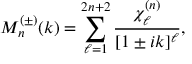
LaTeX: M _ { n } ^ { ( \pm ) } ( k ) = \sum _ { \ell = 1 } ^ { 2 n + 2 } \frac { \chi _ { \ell } ^ { ( n ) } } { [ 1 \pm i k ] ^ { \ell } } ,